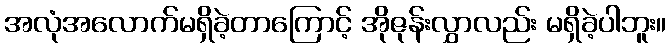
အလုံအလောက်မရှိခဲ့တာကြောင့် အိုဇုန်းလွှာလည်း မရှိခဲ့ပါဘူး။